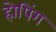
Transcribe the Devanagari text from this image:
होपिंग